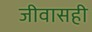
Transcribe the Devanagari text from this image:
जीवासही